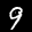
Label: 9